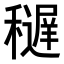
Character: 𥣔